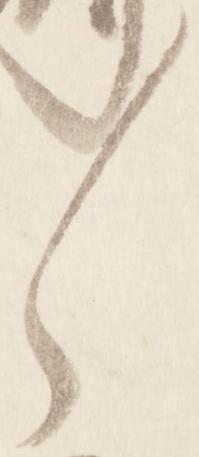
々